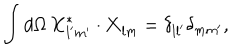
\int d \Omega \, { \bf X } _ { l ^ { \prime } m ^ { \prime } } ^ { * } \cdot { \bf X } _ { l m } ^ { \vphantom { * } } = \delta _ { l l ^ { \prime } } \delta _ { m m ^ { \prime } } ,